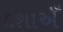
દશાએઁ